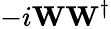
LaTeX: -i\mathbf{W}\mathbf{W}^{\dagger}